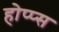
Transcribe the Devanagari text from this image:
होप्प्स